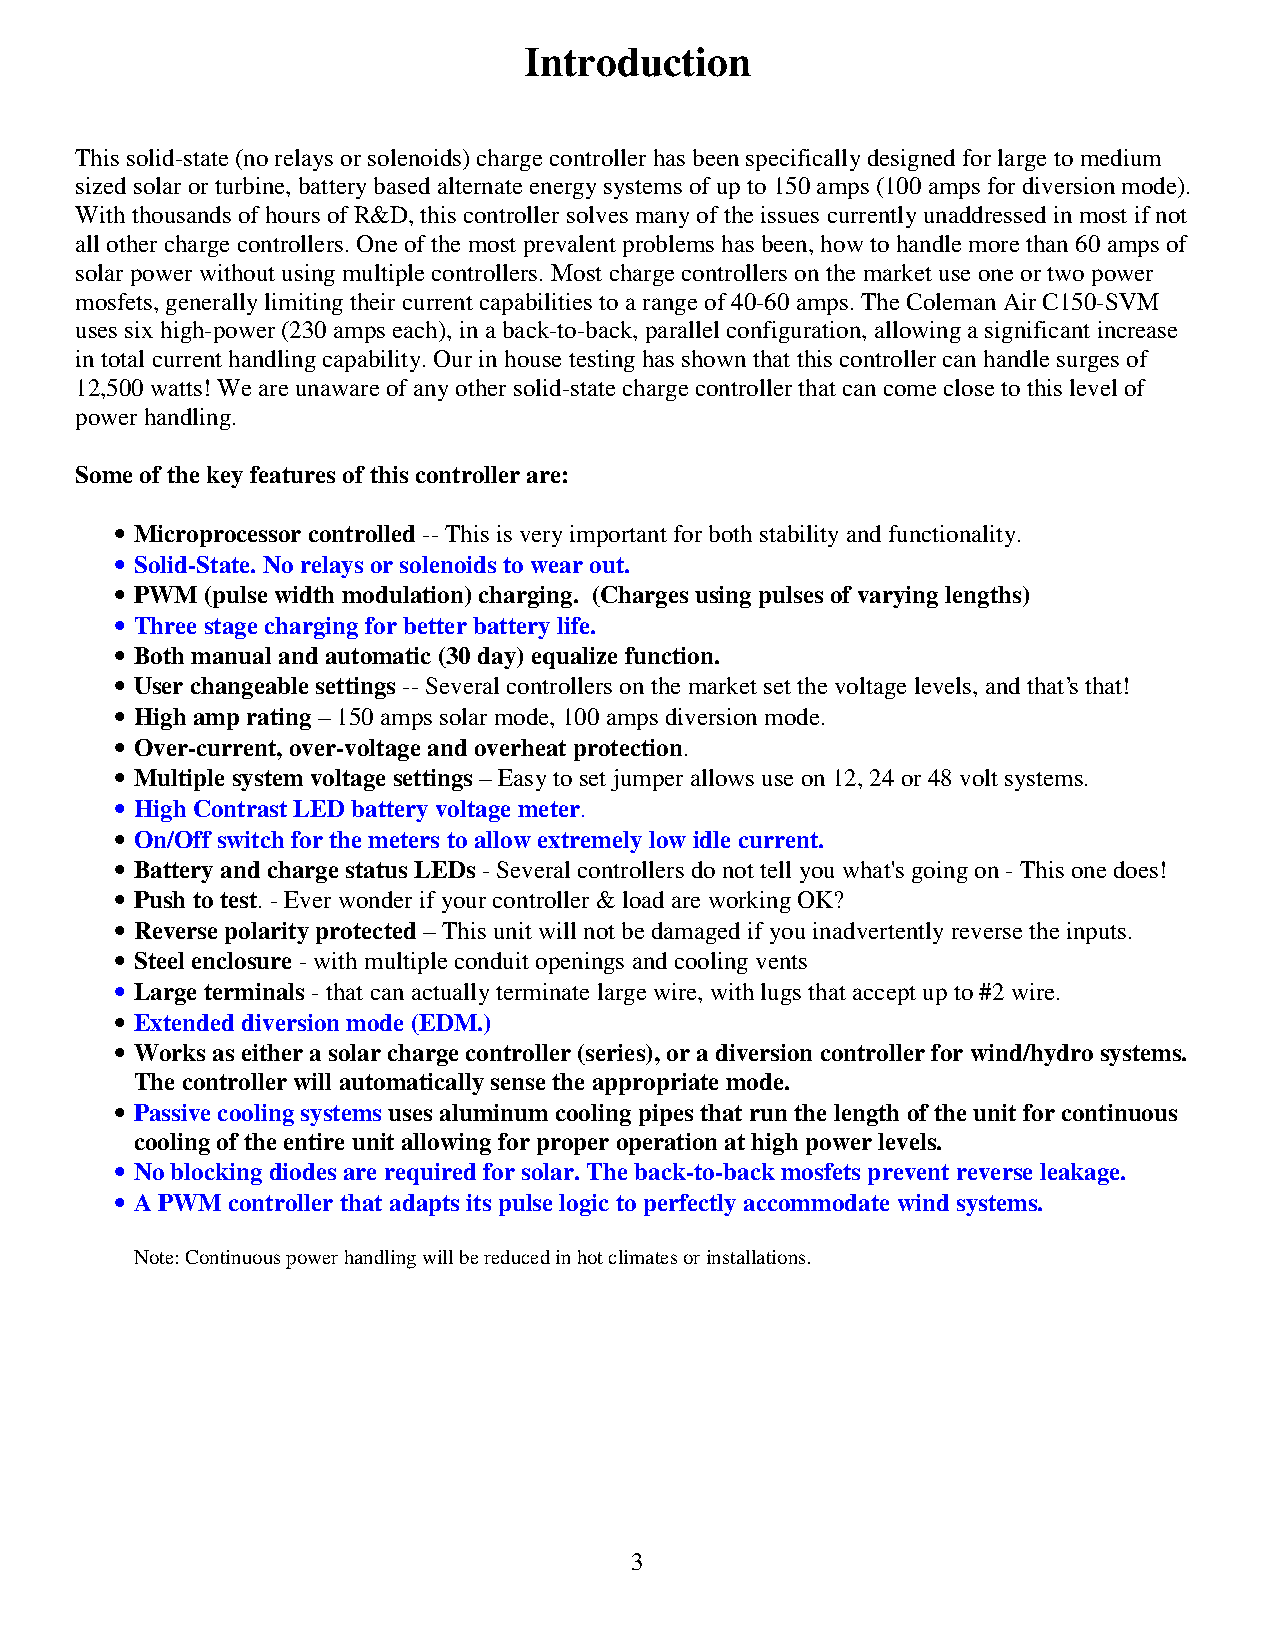
Introduction
 This solid-state (no relays or solenoids) charge controller has been specifically designed for large to medium
 sized solar or turbine, battery based alternate energy systems of up to 150 amps (100 amps for diversion mode).
 With thousands of hours of R&D, this controller solves many of the issues currently unaddressed in most if not
 all other charge controllers. One of the most prevalent problems has been, how to handle more than 60 amps of
 solar power without using multiple controllers. Most charge controllers on the market use one or two power
 mosfets, generally limiting their current capabilities to a range of 40-60 amps. The Coleman Air C150-SVM
 uses six high-power (230 amps each), in a back-to-back, parallel configuration, allowing a significant increase
 in total current handling capability. Our in house testing has shown that this controller can handle surges of
 12,500 watts! We are unaware of any other solid-state charge controller that can come close to this level of
 power handling.
 Some of the key features of this controller are:
 • Microprocessor controlled -- This is very important for both stability and functionality.
 • Solid-State. No relays or solenoids to wear out.
 • PWM (pulse width modulation) charging. (Charges using pulses of varying lengths)
 • Three stage charging for better battery life.
 • Both manual and automatic (30 day) equalize function.
 • User changeable settings -- Several controllers on the market set the voltage levels, and that’s that!
 • High amp rating – 150 amps solar mode, 100 amps diversion mode.
 • Over-current, over-voltage and overheat protection.
 • Multiple system voltage settings – Easy to set jumper allows use on 12, 24 or 48 volt systems.
 • High Contrast LED battery voltage meter.
 • On/Off switch for the meters to allow extremely low idle current.
 • Battery and charge status LEDs - Several controllers do not tell you what's going on - This one does!
 • Push to test. - Ever wonder if your controller & load are working OK?
 • Reverse polarity protected – This unit will not be damaged if you inadvertently reverse the inputs.
 • Steel enclosure - with multiple conduit openings and cooling vents
 • Large terminals - that can actually terminate large wire, with lugs that accept up to #2 wire.
 • Extended diversion mode (EDM.)
 • Works as either a solar charge controller (series), or a diversion controller for wind/hydro systems.
 The controller will automatically sense the appropriate mode.
 • Passive cooling systems uses aluminum cooling pipes that run the length of the unit for continuous
 cooling of the entire unit allowing for proper operation at high power levels.
 • No blocking diodes are required for solar. The back-to-back mosfets prevent reverse leakage.
 • A PWM controller that adapts its pulse logic to perfectly accommodate wind systems.
 Note: Continuous power handling will be reduced in hot climates or installations.
 3